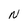
Character: N